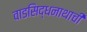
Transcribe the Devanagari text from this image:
वाडसिद्धनाथाची